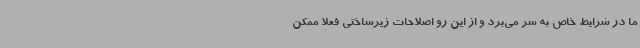
ما در شرایط خاص به سر می‌برد و از این رو اصلاحات زیرساختی فعلا ممکن